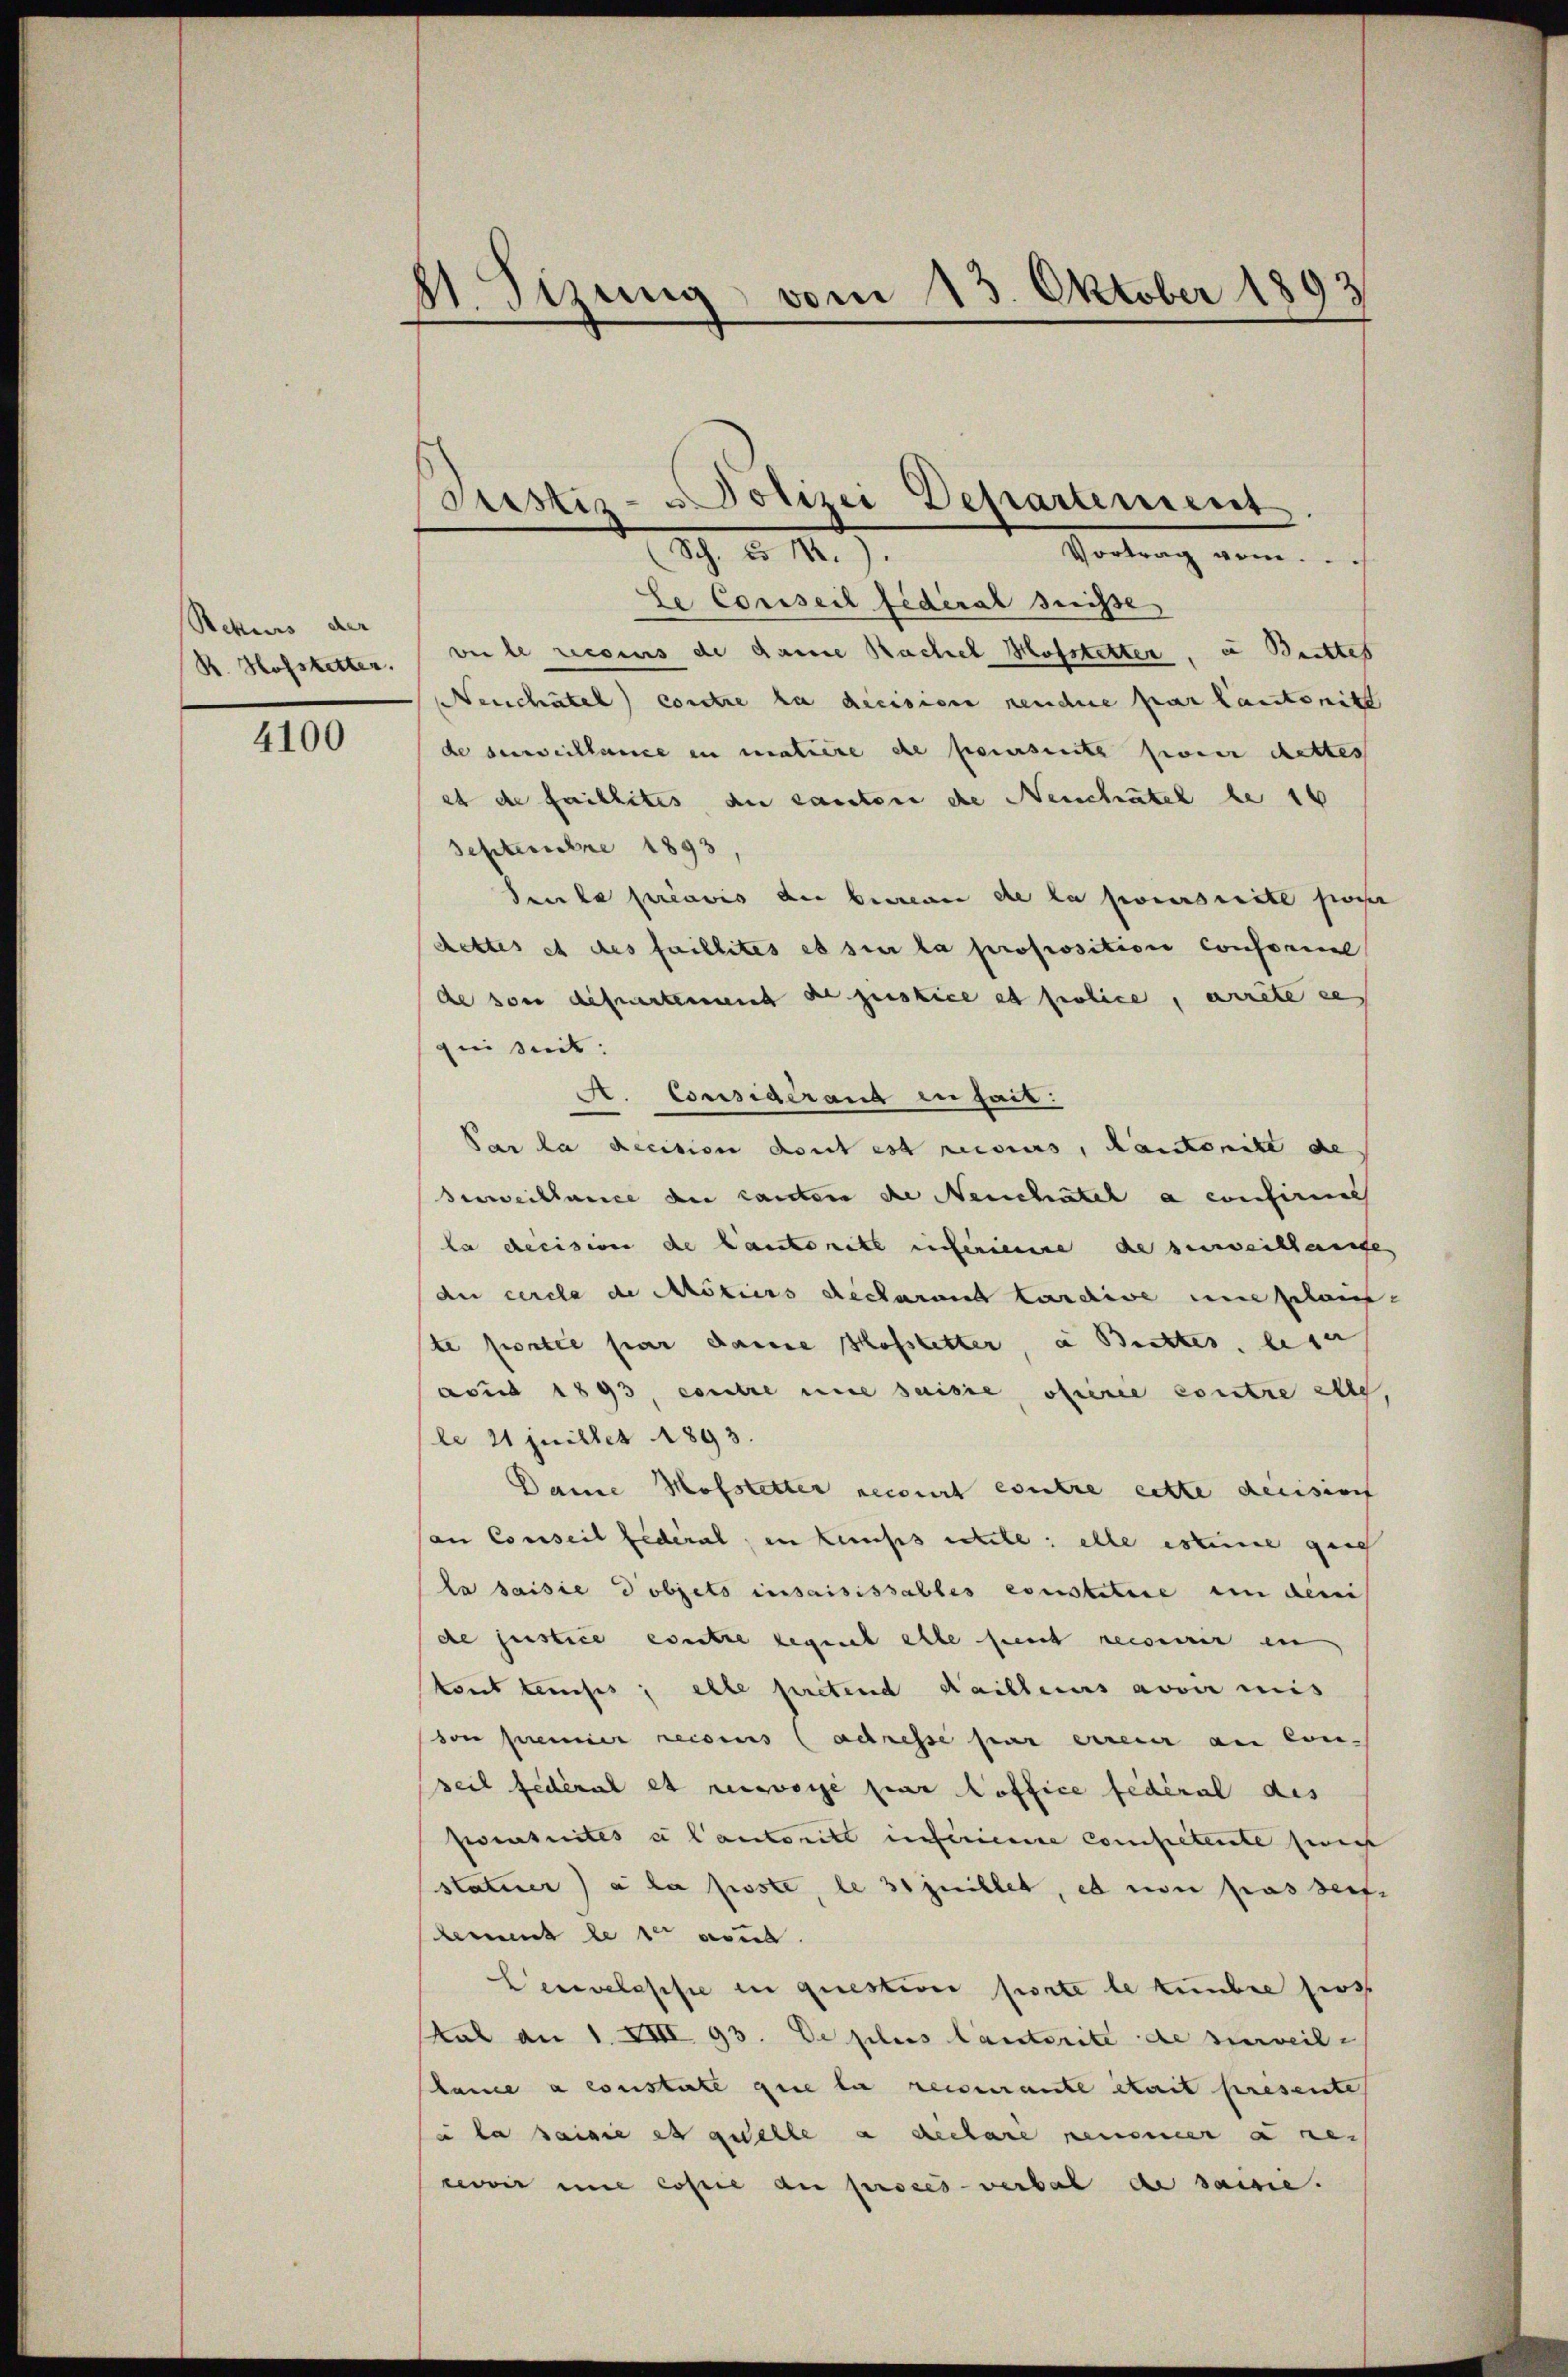
Rekurs der
R. Hofsketter.

4100

81. Sizung vom 13. Oktober 1893

Justiz- u Polizei Departement
Sch. d. 10.
Vortrag vom...

Le Conseil fideral suisse
ver le recours de dare Sachel Hofstetter, u Brettes
Neuchatel) contre zu decision neune par lautenitt
de surveillence in matiere de paierseite pour dettes
et de faillites au canten de Neuchatel le 16
Septembre 1893,
Saula préavis der bewegen de la joursuite posser
Rettes et des faillites es sie la proposition conformel
de von departement de justice et police, arrete des
gei seit:
A. Considérant die hat:
Par la decision dont est recours, Kaisenile de
Surveillance der Landten die Neuchatel a confirm
la decision de lautoritz inferienne de serweislaufe
de cercle de Motiers decharent Larchive umschaus-
ste portée par darine Hofstetter, in Brettes, lese
avus 1893, contre une saisie offerie contre alle,
le 21 Juillet 1893.
Dame Hofstetter recourt entre cette decisiurf
an Conseil fédéral, in Keises stell: elle estimme gen
la saisie dobjets insaisissables constatire in den
de justice entre regnet elle sent recourir in
tont tenifes; elle pretend Hailleurs avoir mis
von seiner reconus (adressé par erreier an Conseil fédéral et reisweise par Hoffice federal des
Pensuites et l’autoritt inferiente Competente zweit
statuer à la soste, le 31 Juillet, es non passers
lement le der aus.
Cervelasse in questiver porte le tunbee herg
tal an 1. XIII 93. De plus lautorité de surveile
lance a constate que la reisenante stait presente
u la saisie es geselle a declare pensmer aner
wir une copie au procès-verbal de saisie.